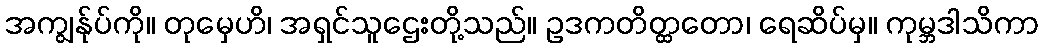
အကျွန်ုပ်ကို။ တုမှေဟိ၊ အရှင်သူဌေးတို့သည်။ ဥဒကတိတ္ထတော၊ ရေဆိပ်မှ။ ကုမ္ဘဒါသိကာ